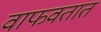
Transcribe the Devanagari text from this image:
वाफवतात